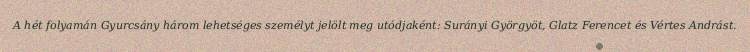
A hét folyamán Gyurcsány három lehetséges személyt jelölt meg utódjaként: Surányi Györgyöt, Glatz Ferencet és Vértes Andrást.